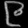
Digit: ၉